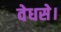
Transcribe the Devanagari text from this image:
वेधसे।